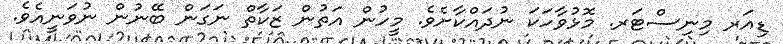
ޑިއަރ މިނިސްޓަރ. މޮޅުވާހަކަ ނުދައްކާށެވެ. މީހުން އަތުން ޒަކާތް ނަގަން ބޭނުން ނުވަނީއެވެ.